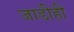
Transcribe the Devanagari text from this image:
जाडीही